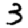
Digit: 3